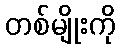
တစ်မျိုးကို